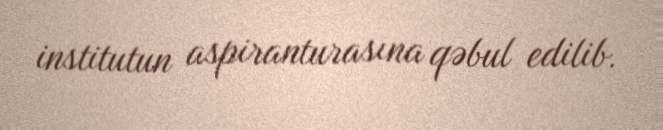
institutun aspiranturasına qəbul edilib.